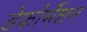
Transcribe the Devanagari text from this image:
डेफोर्मेशन